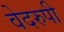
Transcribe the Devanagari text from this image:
वेदरुपी